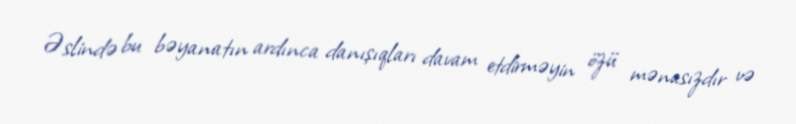
Əslində bu bəyanatın ardınca danışıqları davam etdirməyin özü mənasızdır və